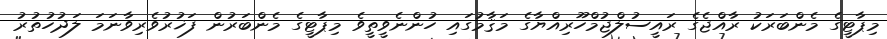
މިޕާޓީގެ މެންބަރަކު ރާއްޖެގެ ރައީސުލްޖުމްހޫރިއްޔާގެ މަޤާމުގައި ހުންނެވީތީވެ މިޕާޓީގެ މެންބަރުން ފަޚުރުވެރިވާނަމަ ލަދުހުތުރު